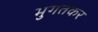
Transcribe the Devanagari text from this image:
भुगतकर